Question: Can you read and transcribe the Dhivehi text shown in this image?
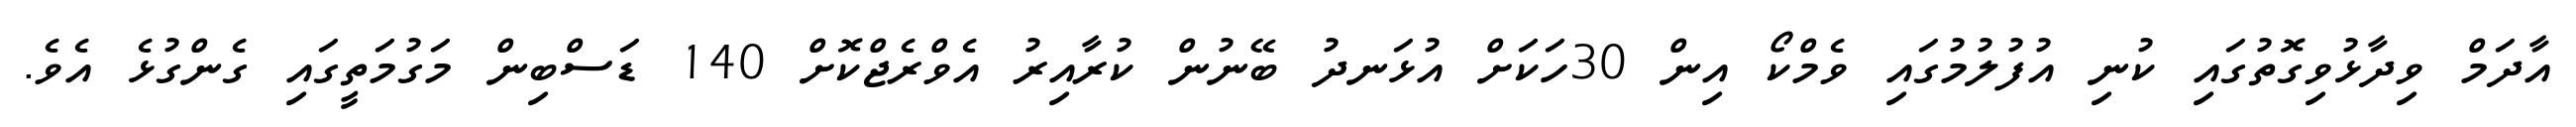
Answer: އާދަމް ވިދާޅުވިގޮތުގައި ކުނި އުފުލުމުގައި ވެމްކޯ އިން 30ހަކަށް އުޅަނދު ބޭނުން ކުރާއިރު އެވްރެޖްކޮށް 140 ޑަސްބިން މަގުމަތީގައި ގެންގުޅެ އެވެ.